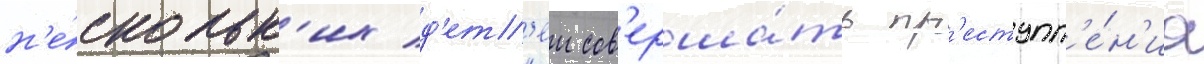
н'е́скольк'их д'ет'еи сов'ерша́ть пр'еступл'е́н'иа